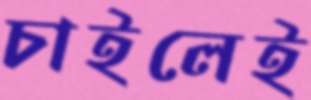
চাইলেই